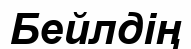
Бейлдің